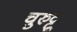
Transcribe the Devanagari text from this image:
चुरुट्टू